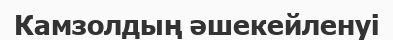
Камзолдың әшекейленуі